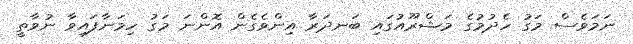
ނަމަވެސް މަގު ހެދުމުގެ މަޝްރޫއުގައި ބަނދަރާ އިންވެގެން އޮންނަ މަގު ހިމަނާފައިވާ ނުވާތީ